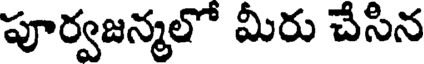
పూర్వజన్మలో మీరు చేసిన